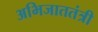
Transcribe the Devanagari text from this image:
अभिजाततंत्री